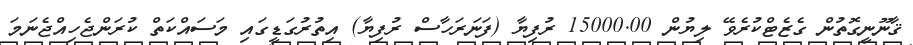
ޤާނޫނީގޮތުން ގެޒެޓްކުރެވޭ ލިޔުން 15000.00 ރުފިޔާ (ފަނަރަހާސް ރުފިޔާ) އިތުރުގަޑީގައި މަސައްކަތް ކުރަންޖެހިއްޖެނަމަ